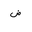
Letter: _dad